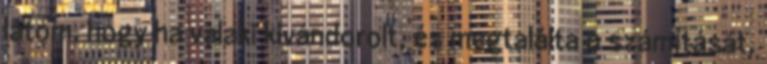
látom, hogy ha valaki kivándorolt, és megtalálta a számítását,